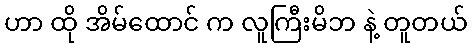
ဟာ ထို အိမ်ထောင် က လူကြီးမိဘ နဲ့ တူတယ်